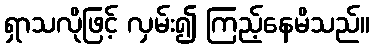
ရှာသလိုဖြင့် လှမ်း၍ ကြည့်နေမိသည်။